Annual report on the lock hospitals of the Madras Presidency
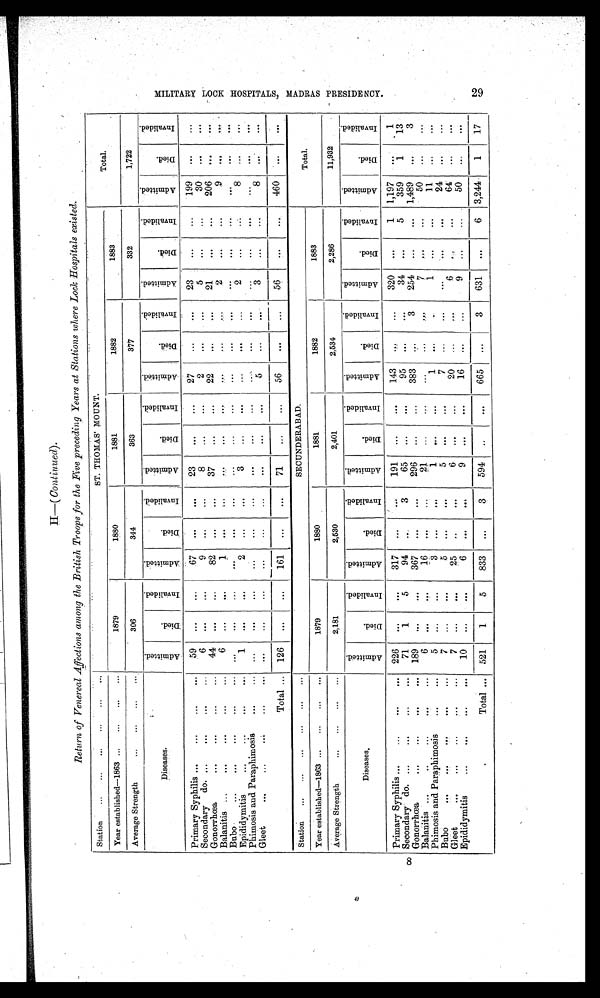
8
H—( Continued).
Return of Venereal Affections among the British Troops for the Five preceding Years at Stations where Lock Hospitals existed.
Station ... ... ... ...
... ...
ST. THOMAS' MOUNT.
Total.
Year established—1863 ... ... ... ...
1879
1880
1881
1882
1883
Average Strength
... ... ...
306
344
363
377
332
1,722
Diseases.
A d m i t t e d .
D i e d .
I n v a l i d e d .
A d m i t t e d .
D i e d .
I n v a l i d e d .
A d m i t t e d .
I n v a l i d e d .
I n v a l i d e d .
A d m i t t e d .
D i e d .
I n v a l i d e d .
A d m i t t e d .
D i e d .
I n v a l i d e d .
A d m i t t e d .
D i e d .
I n v a l i d e d .
Primary Syphilis ...
59 ...
...
67 ...
. . .
23
...
...
27
...
. . .
23
...
...
199 . . .
...
Secondary do. ...
...
...
6
...
...
9 ...
...
8
...
...
2
...
...
5
...
...
30 ...
. . .
Gonorrhœa
...
...
...
...
44
. . .
...
82
...
...
37
...
...
22
... ...
21
. . .
...
206 . . .
. . .
Balanitis ...
...
6
...
. . .
1
... ...
...
...
...
...
...
...
2
...
...
9
. . .
...
Bubo
..
... ...
...
. . .
. . .
...
...
...
...
...
...
...
...
. . .
...
. . . . . .
. . .
E p ididymitis
...
...
1
. . .
...
2
...
...
3
...
...
. . .
. . .
...
2 ...
...
8
. . .
...
Phimosis and Paraphimosis
...
... ...
...
...
...
...
...
...
...
...
...
. . .
...
...
...
...
...
...
...
Gleet
...
...
... ...
...
...
. . .
...
...
. . .
. . .
5
... ...
3
. . .
...
8
. . .
...
Total ... 126 . . .
...
161 ...
...
71
...
...
56
...
...
56
...
...
460
. . .
...
Station ... ... ... ... ... ...
SECUNDERABAD.
Total.
Year established—1863 ... ... ... ...
1879
1880
1881
1882
1883
Average Strength
... ... ... ...
2,181
2,530
2,401
2,534
2,286
11,932
Diseases.
A d m i t t e d .
D i e d .
I n v a l i d e d .
A d m i t t e d .
D i e d .
I n v a l i d e d .
A d m i t t e d .
D i e d .
I n v a l i d e d .
A d m i t t e d .
D i e d .
I n v a l i d e d .
A d m i t t e d .
D i e d .
I n v a l i d e d .
A d m i t t e d .
D i e d .
I n v a l i d e d .
Primary Syphilis ...
...
... 226
. . .
. . .
317 ...
. . .
191 ...
...
143 ...
...
320
...
1 1,197 ...
1
Secondary do. ...
...
...
...
71
1
5
94
...
3
65
...
. . .
95
. . .
...
34
. . .
5
359
1
13
Gonorrhœa
...
...
... 189
...
. . .
367
. . .
. . .
296 ...
...
383 ...
3
254 ...
... 1,489
. . .
3
Balanitis ...
...
6
... ...
16
...
...
21 ...
...
...
... ...
7
... ...
50
...
. . .
Phimosis and Paraphimosis
...
...
5 ...
...
3 ...
...
1 . . .
...
1 ...
...
1 ...
...
11
...
...
Bubo
...
...
...
...
7
...
...
5
...
. . .
5 . . .
...
7
...
...
. . .
...
...
24
...
...
Gleet
...
...
7 ...
. . .
25
...
. . .
6 ...
...
20
... ...
6
...
...
64 ...
...
E pi di dy mitis
...
...
...
...
10 ...
...
6
... ...
9 ...
...
16 ...
...
9 ...
...
50
... ...
Total ... 521
1
5
833
...
3 594
... ...
665 ...
3
631
...
6 3,244
1
17
M I L I T A R Y L O C K H O S P I T A L S , M A D R A S P R E S I D E N C Y .